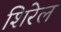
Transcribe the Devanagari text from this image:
शिरेल